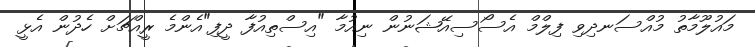
މައުލޫމާތު މުއްސަނދިވި ފިލްމް އެސޯސިއޭޝަނުން ނިއުމާ "އިސްތިއުފާ ދީފި"އެންމެ ރީއްޗަށް ހެދުން އެޅީ